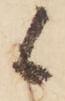
候